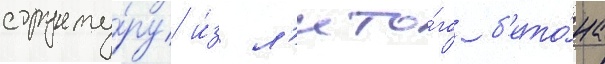
структу́ру и́з л'ито́го б'ето́на